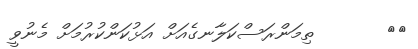
٥٦       ތިމަންރަސްކަލާނގެއަށް އަޅުކަންކުރުމަށް މެނުވީ